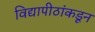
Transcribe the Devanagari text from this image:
विद्यापीठांकडून